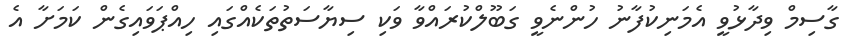
ގާސިމް ވިދާޅުވީ އެމަނިކުފާނު ހުންނެވީ ގަބޫލްކުރައްވާ ވަކި ސިޔާސަތުތަކެއްގައި ހިއްޕަވައިގެން ކަމަށާ އެ